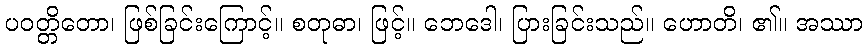
ပဝတ္တိတော၊ ဖြစ်ခြင်းကြောင့်။ စတုဓာ၊ ဖြင့်။ ဘေဒေါ၊ ပြားခြင်းသည်။ ဟောတိ၊ ၏။ အဿာ